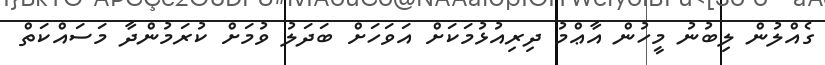
ގެއްލުން ލިބުނު މީހުން އާޢްމު ދިރިއުޅުމަކަށް އަވަހަށް ބަދަލު ވުމަށް ކުރަމުންދާ މަސައްކަތް